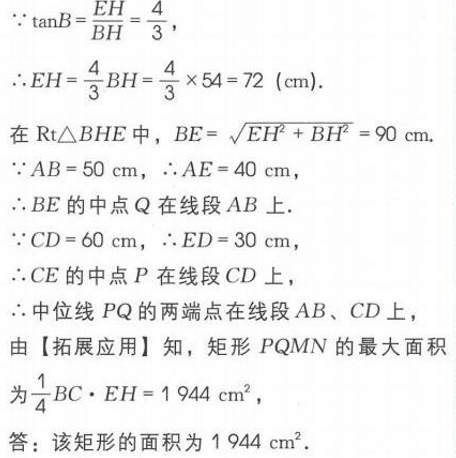
\(\because \tan B = \frac{EH}{BH}=\frac{4}{3}\)，
\(\therefore EH = \frac{4}{3}BH=\frac{4}{3}\times54 = 72\ (\text{cm})\).
在\(\text{Rt}\triangle BHE\)中，\(BE = \sqrt{EH^{2}+BH^{2}} = 90\ \text{cm}\).
\(\because AB = 50\ \text{cm}\)，\(\therefore AE = 40\ \text{cm}\)，
\(\therefore BE\)的中点\(Q\)在线段\(AB\)上.
\(\because CD = 60\ \text{cm}\)，\(\therefore ED = 30\ \text{cm}\)，
\(\therefore CE\)的中点\(P\)在线段\(CD\)上，
\(\therefore\)中位线\(PQ\)的两端点在线段\(AB\)、\(CD\)上，
由【拓展应用】知，矩形\(PQMN\)的最大面积
为\(\frac{1}{4}BC\cdot EH = 1944\ \text{cm}^{2}\)，
答：该矩形的面积为\(1944\ \text{cm}^{2}\).